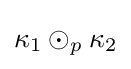
\kappa _{1}\odot _{p}\kappa _{2}